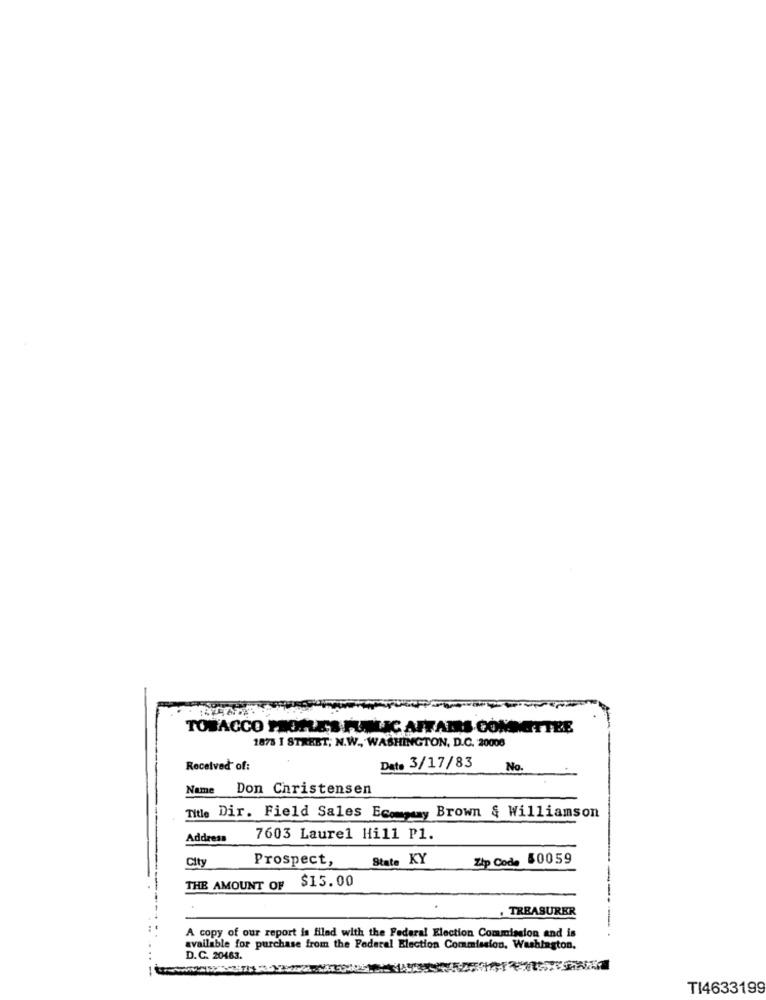
TOBACCO PROPLES PUBLIC AFFAIRS COMMITTEE
1878 I STREET, N.W ., WASHINGTON, D.C. 20008
Date 3/17/83
Received of:
No.
Name
Don Christensen
Title Dir. Field Sales Ecommay Brown & Williamson
Address
7603 Laurel Hill P1.
City
Prospect,
State KY
Zip Code 30059
$15.00
THE AMOUNT OF
. TREASURER
-
A copy of our report is filed with the Federal Election Commission and is
available for purchase from the Federal Election Commission, Washington,
D.C. 20483.
TI4633199